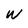
Character: w